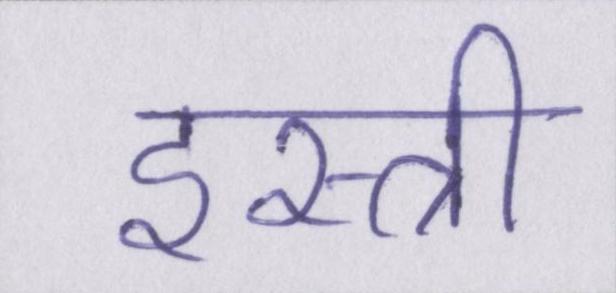
इस्त्री